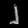
Digit: ၂